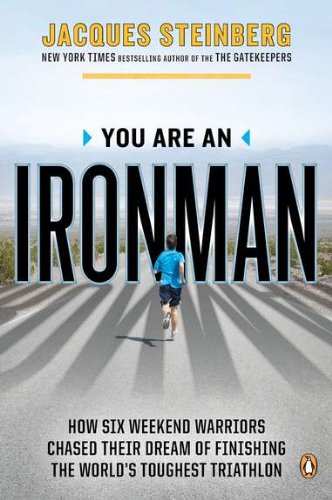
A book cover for You Are an Ironman: How Six Weekend Warriors Chased Their Dream of Finishing the World's Toughest Tr iathlon; Jacques Steinberg; Health, Fitness & Dieting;